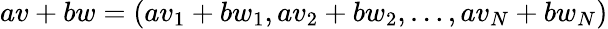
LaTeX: av+bw=(av_{1}+bw_{1},av_{2}+bw_{2},\ldots,av_{N}+bw_{N})